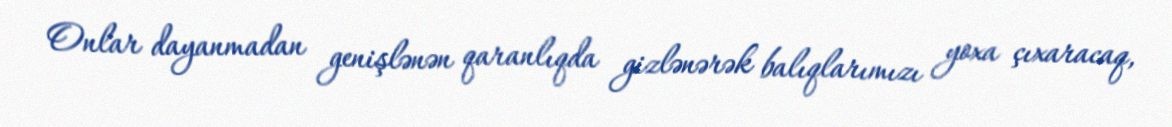
Onlar dayanmadan genişlənən qaranlıqda gizlənərək balıqlarımızı yoxa çıxaracaq,